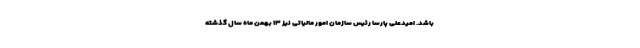
باشد. امیدعلی پارسا رئیس سازمان امور مالیاتی نیز ۱۳ بهمن ماه سال گذشته